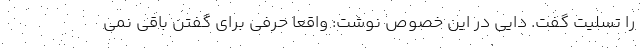
را تسلیت گفت. دایی در این خصوص نوشت: واقعا حرفی برای گفتن باقی نمی